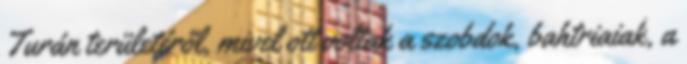
Turán területéről, mivel ott voltak a szobdok, bahtriaiak, a